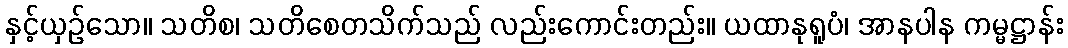
နှင့်ယှဉ်သော။ သတိစ၊ သတိစေတသိက်သည် လည်းကောင်းတည်း။ ယထာနုရူပံ၊ အာနပါန ကမ္မဋ္ဌာန်း